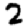
Digit: 2